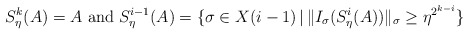
\begin{align*} S_\eta^k(A)=A \mbox{ and } S_\eta^{i-1}(A) = \{\sigma \in X(i-1) \, | \, \|I_\sigma(S_\eta^i(A))\|_\sigma \geq \eta^{2^{k-i}} \}\end{align*}